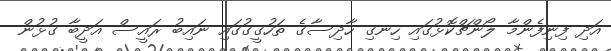
އަދި ފިނިފެންމާ ލޯންޗްކޮޅުގައި ހިނގި ހާދިސާގެ ތަހުގީގުގައި ނައިބު ރައީސް އަދީބާ ގުޅުން